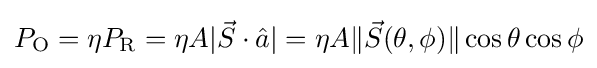
P_{\text{O}}=\eta P_{\text{R}}=\eta A|{\vec {S}}\cdot {\hat {a}}|=\eta A\|{\vec {S}}(\theta ,\phi )\|\cos \theta \cos \phi